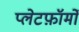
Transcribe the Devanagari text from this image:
प्लेटफ़ॉर्मों